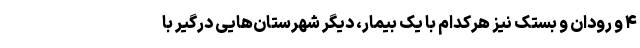
۴ و رودان و بستک نیز هرکدام با یک بیمار، دیگر شهرستان‌هایی درگیر با